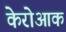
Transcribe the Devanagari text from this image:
केरोआक